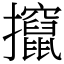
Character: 攛